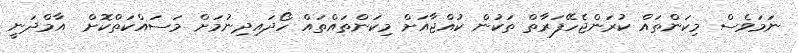
ނަމަވެސް މިކަންތައް ކުރަންޖެހޭފަރާތް ތަކުން ކުއްޖާއަށް މިކަންތައްތައް ހޯދައިދިނުމަށް މަސައްކަތްކޮށް  އާމްދަނީ